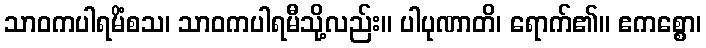
သာဝကပါရမိံစသ၊ သာဝကပါရမီသို့လည်း။ ပါပုဏာတိ၊ ရောက်၏။ ဧကစ္စော၊